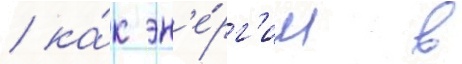
/ ка́к эн'е́рг'ии в